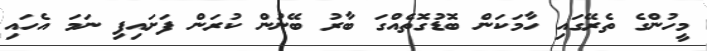
މީހުންގެ ތެރޭގައި ހާމަކަން ބޮޑުގޮތެއްގަ ބާރު ބޭނުން ކުރަން ފަށައިފި ނަމަ އެހައި